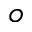
^ o